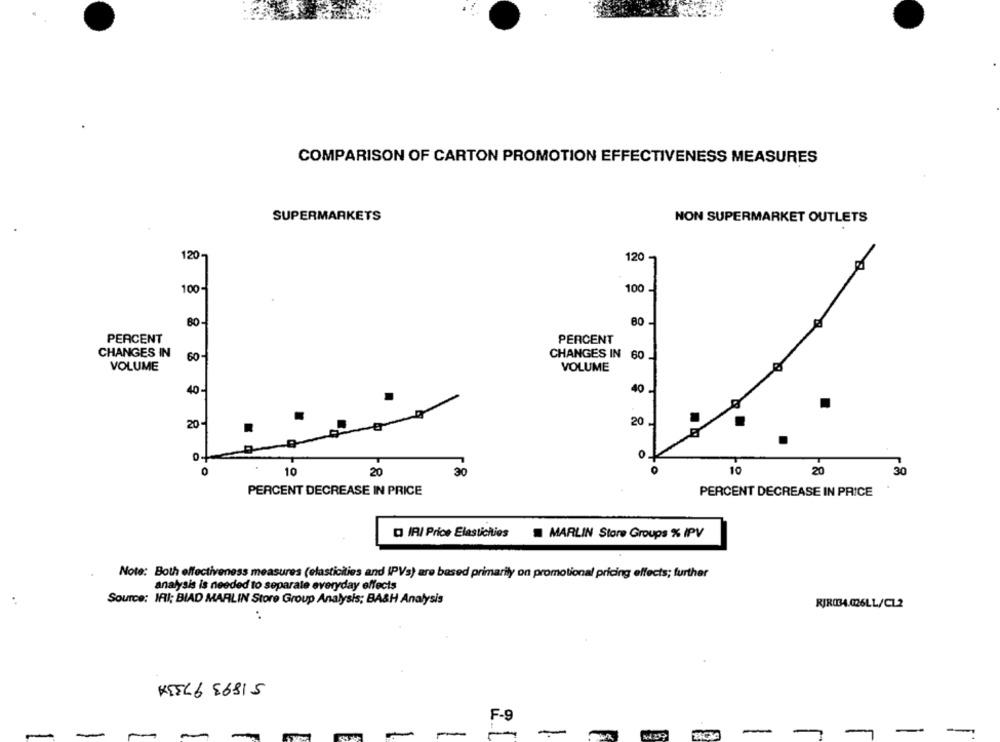
COMPARISON OF CARTON PROMOTION EFFECTIVENESS MEASURES
SUPERMARKETS
NON SUPERMARKET OUTLETS
120
120
100-
100
80
80
PERCENT
PERCENT
CHANGES IN
60-
CHANGES IN 60
VOLUME
VOLUME
40-
40
20
20 .
0
10
20
30
10
20
30
PERCENT DECREASE IN PRICE
PERCENT DECREASE IN PRICE
D IRI Price Elasticities = MARLIN Store Groups % IPV
Note: Both effectiveness measures (elasticities and IPVs) are based primarily on promotional pricing effects; further
analysis is needed to separate everyday effects
Source: IFI; BIAD MARLIN Store Group Analysis; BA&H Analysis
RIR034.026LL/CL2
KIEL6 56815
F-9
-